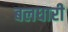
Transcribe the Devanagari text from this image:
बलधारी